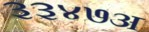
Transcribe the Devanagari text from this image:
३३४७अ